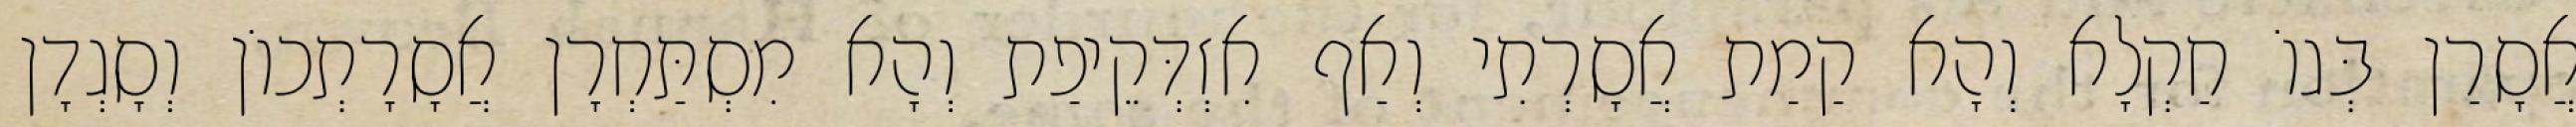
אֲסָרַן בְּגוֹ חַקְלָא וְהָא קַמַת אֲסָרְתִי וְאַף אִזְדְּקֵיפַת וְהָא מִסְתַּחְרָן אֲסָרָתְכוֹן וְסָגְדָן